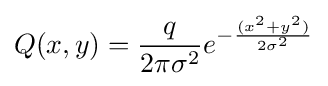
Q(x,y)={q \over 2\pi \sigma ^{2}}e^{-{(x^{2}+y^{2}) \over 2\sigma ^{2}}}